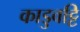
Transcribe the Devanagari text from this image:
काडुवट्टि